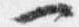
一